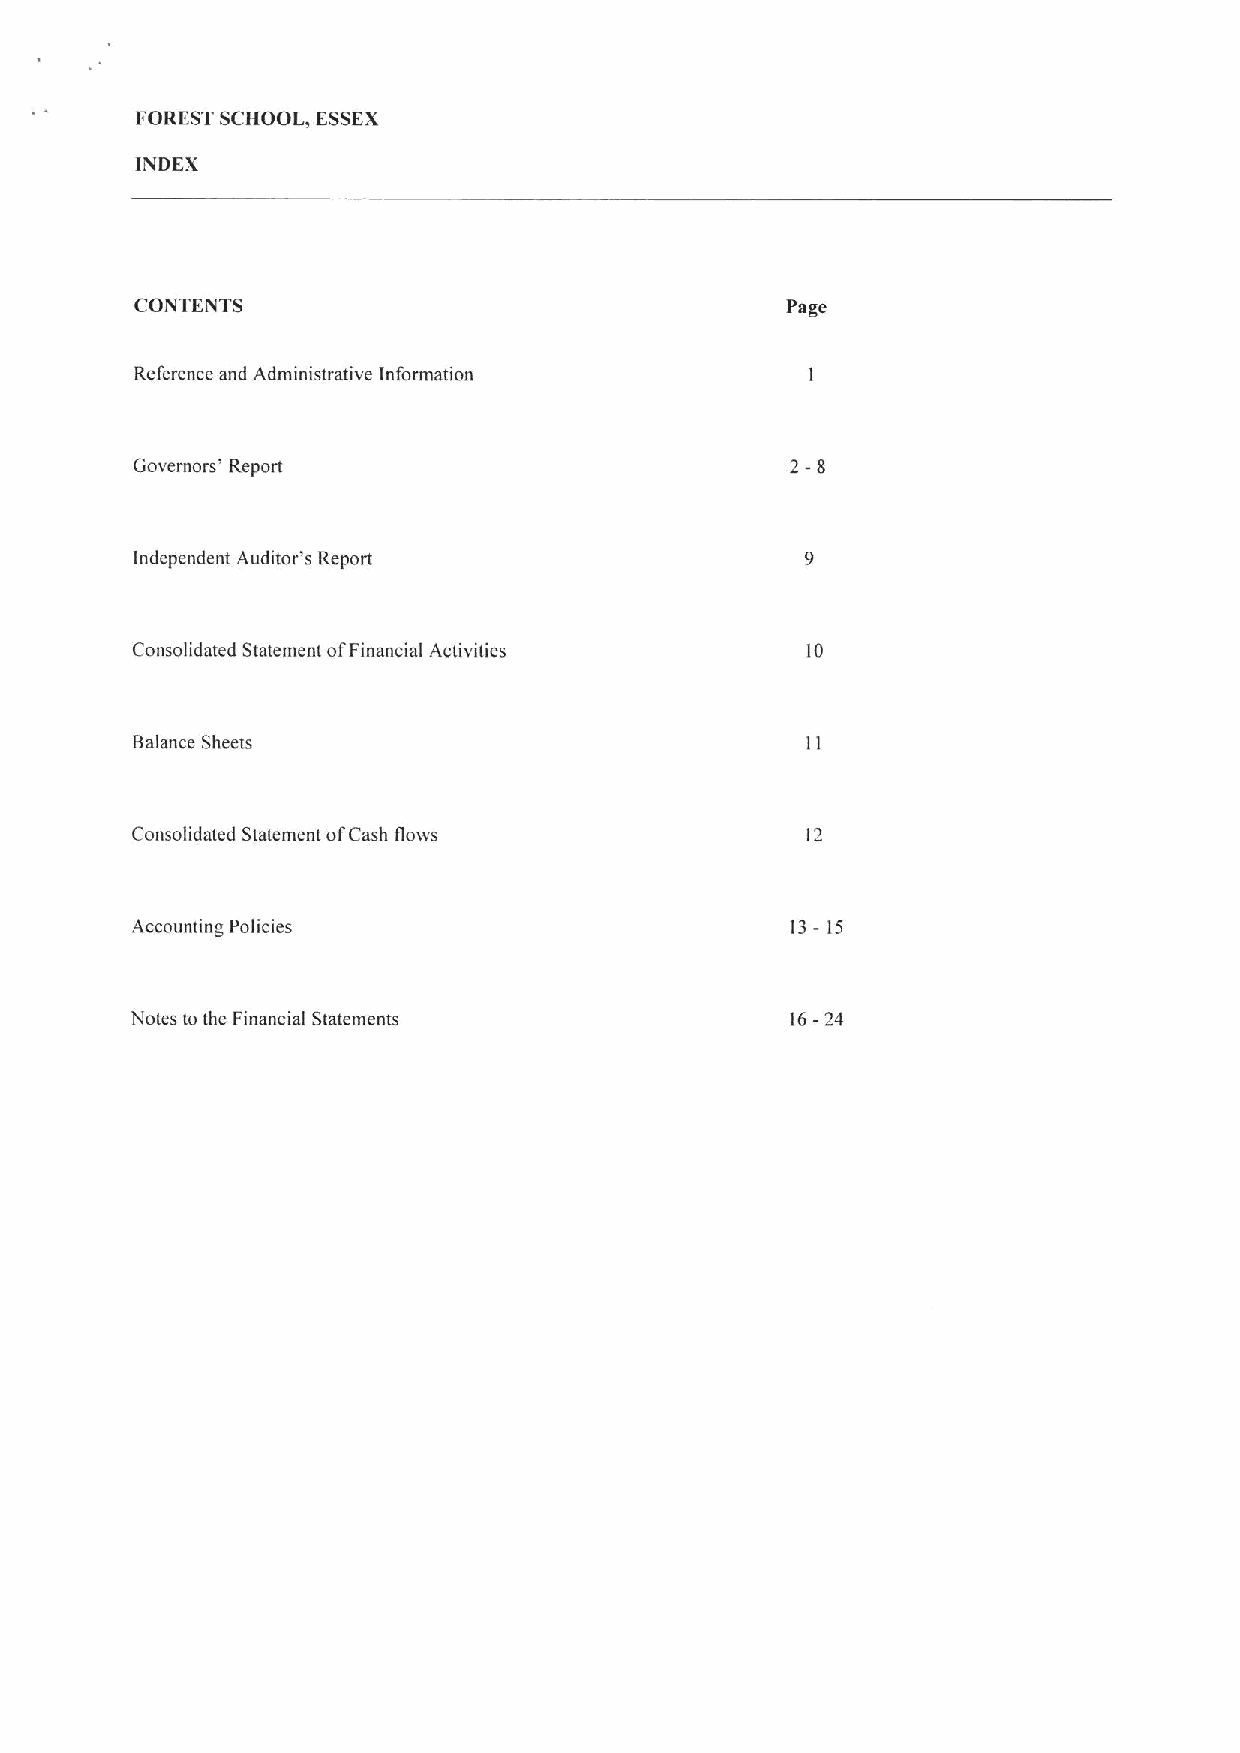
FOREST SCHOOL, ESSEX
 INDEX
 CONTENTS                                   Page
 Reference and Administrative Information
 Governors' Report
 Independent Auditor's Report
 Consolidated Statement ofFinancial Activities 10
 Balance Sheets
 Consolidated Statement ofCash flows         12
 Accounting Policies                        13- 15
 Notes to the Financial Statements          16-24